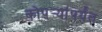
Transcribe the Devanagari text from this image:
कोपर्‍यांपर्यंत